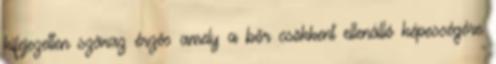
kifejezetten száraz érzés amely a bőr csökkent ellenálló képességére